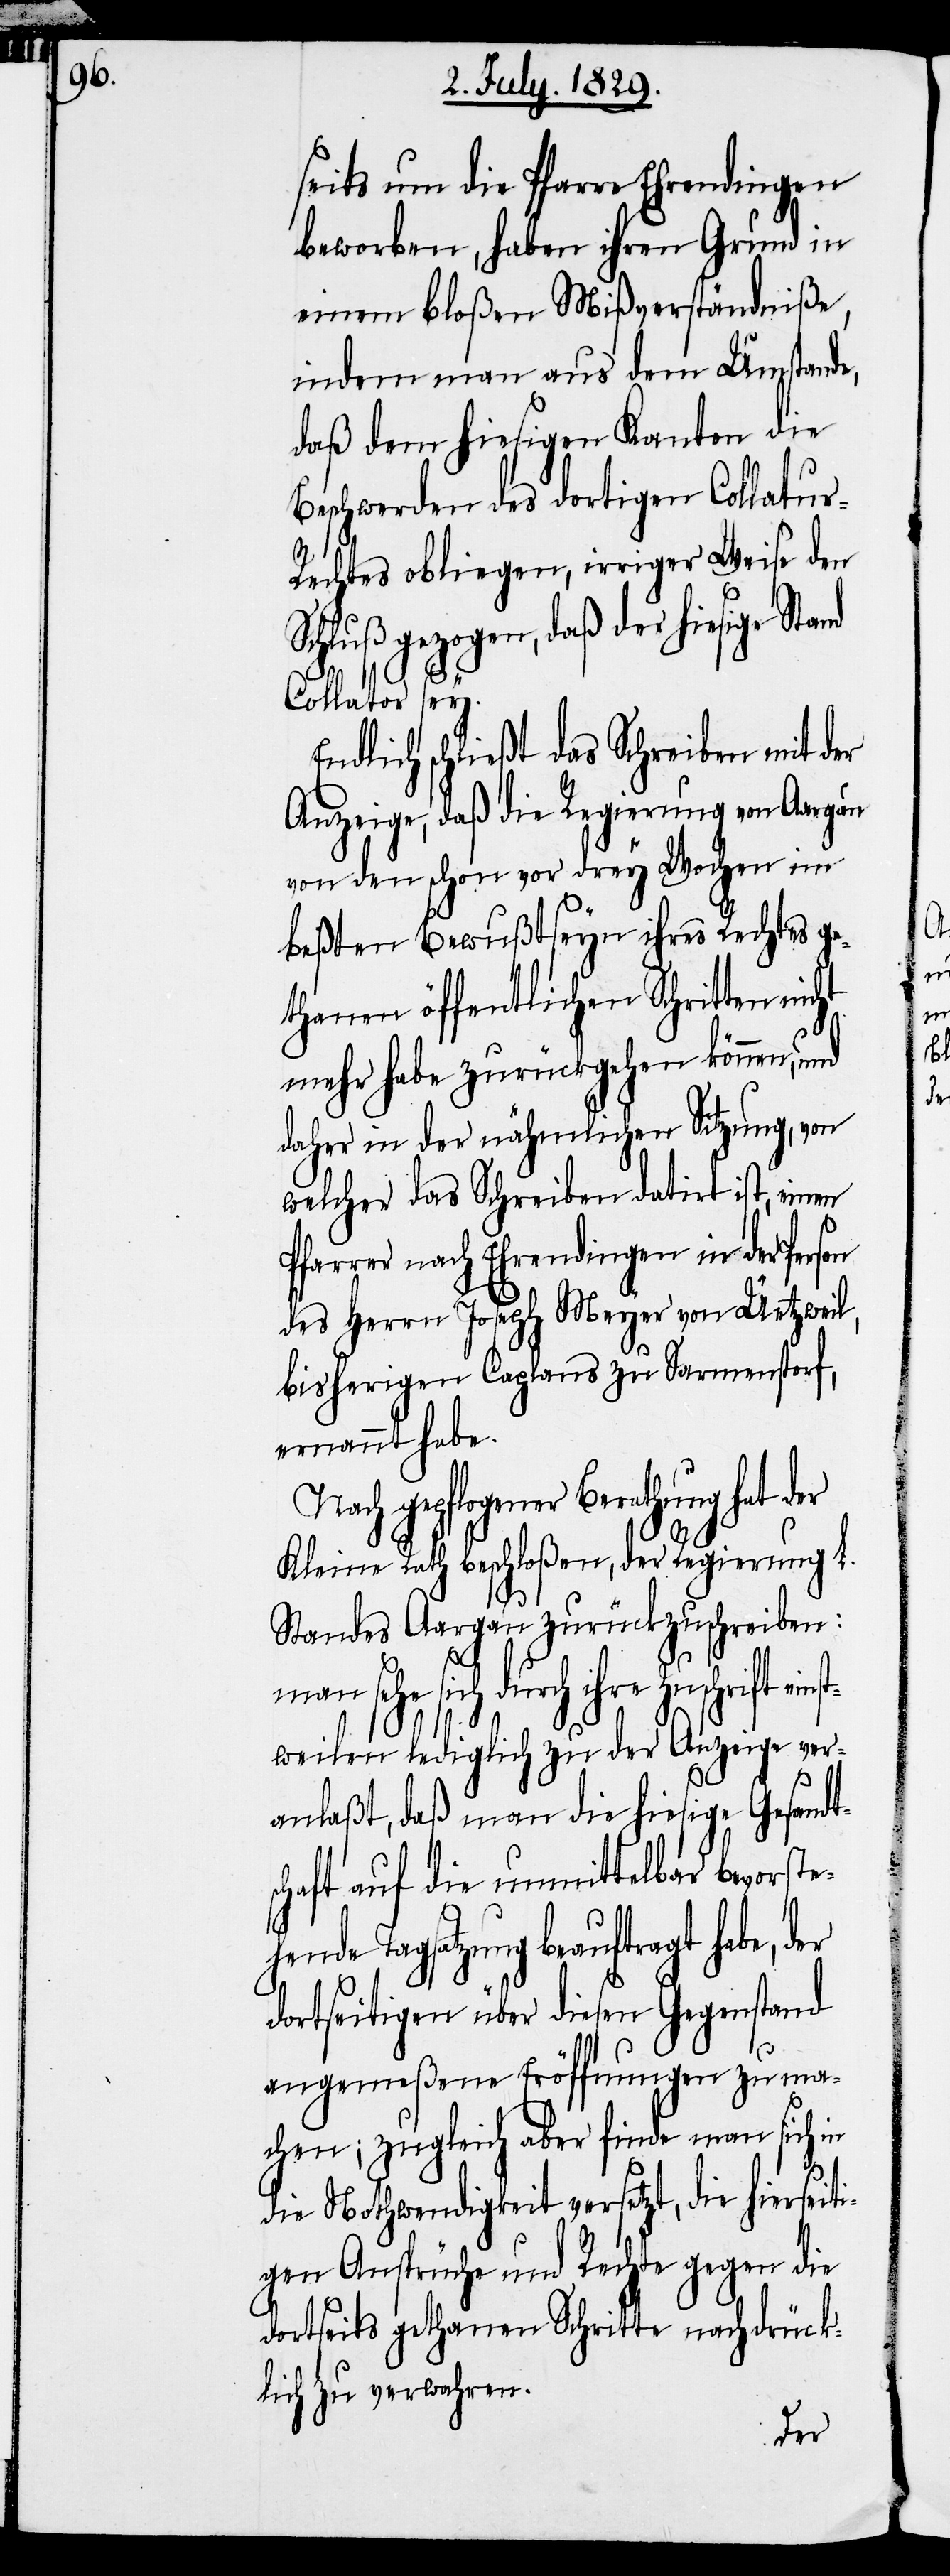
s¬

seits um die Pfarre Ehrendingen
beworben, haben ihren Grund in
einem bloßen Mißverständniße,
indem man aus dem Umstande,
daß dem hiesigen Kanton die
Beschwerden des dortigen Collatu¬
r-Rechtes obliegen, irriger Weise den
gezogen, daß der hiesige
Collator sey.
Endlich schließt das Schreiben mit der
Anzeige, daß die Regierung von Aargau
von den schon vor drey Wochen im
beßten Bewußtseyn ihre Rechtes ge¬
thanen öffentlichen Schritten
mehr habe zurückgehen können, und
daher in der nähmlichen Sitzung, von
welcher das Schreiben datirt ist, einen
Pfarrer nach Ehrendingen in der Person
des Herrn Joseph Meyer von Üetzweil,
bisherigen Caplans zu Sarmenstorf,
ernannt habe.
Nach gepflogener Berathung
Kleine Rath beschloßen, der Regierung L.
Standes Aargau zurückzuschreiben:
Zuschrift einst¬
weilen lediglich zu der Anzeige ver¬
anlaßt, daß man die hiesige Gesandt¬
chaft auf die unmittelbar bevorste¬
hende Tagsatzung beauftragt habe, der
dortseitigen über diesen Gegenstand
angemeßene Eröffnungen zu ma¬
chen; zugleich aber finde man sich in
die Nothwendigkeit versetzt, die hierseiti¬
gen Ansprüche und Rechte gegen die
dortseits gethanen Schritte nachdrück¬
lich zu verwahren.
der